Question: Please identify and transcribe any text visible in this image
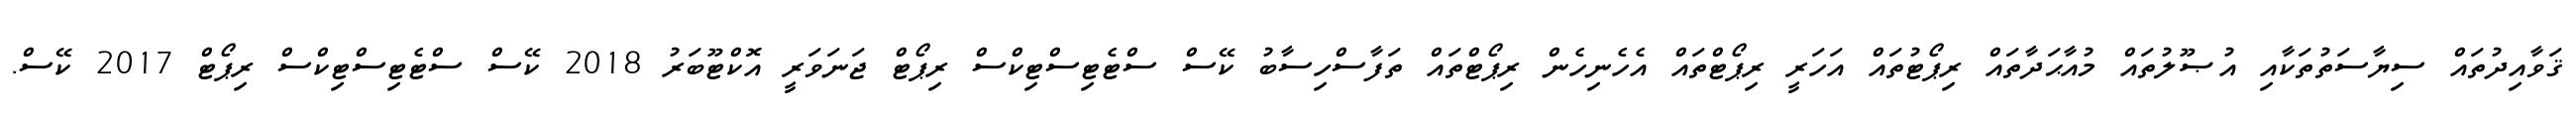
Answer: ޤަވާއިދުތައް ސިޔާސަތުތަކާއި އުޞޫލުތައް މުއާޙަދާތައް ރިޕޯޓުތައް އަހަރީ ރިޕޯޓްތައް އެހެނިހެން ރިޕޯޓްތައް ތަފާސްހިސާބު ކޭސް ސްޓެޓިސްޓިކްސް ރިޕޯޓް ޖަނަވަރީ އޮކްޓޫބަރު 2018 ކޭސް ސްޓެޓިސްޓިކްސް ރިޕޯޓް 2017 ކޭސް.